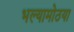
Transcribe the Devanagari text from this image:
भल्यामोठया